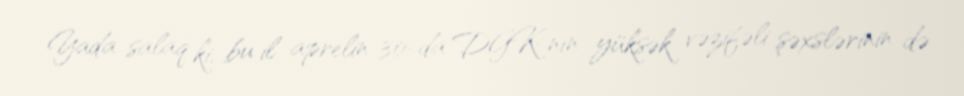
Yada salaq ki, bu il aprelin 30-da DGK-nın yüksək vəzifəli şəxslərinin də